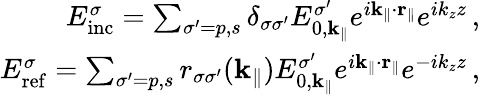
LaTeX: \begin{array}{r}{E_{\mathrm{inc}}^{\sigma}=\sum_{\sigma^{\prime}=p,s}\delta_{\sigma\sigma^{\prime}}E_{0,\mathbf{k}_{\| }}^{\sigma^{\prime}}e^{i\mathbf{k}_{\| }\cdot\mathbf{r}_{\| }}e^{ik_{z}z}\, ,}\\ {E_{\mathrm{ref}}^{\sigma}=\sum_{\sigma^{\prime}=p,s}r_{\sigma\sigma^{\prime}}(\mathbf{k}_{\| })E_{0,\mathbf{k}_{\| }}^{\sigma^{\prime}}e^{i\mathbf{k}_{\| }\cdot\mathbf{r}_{\| }}e^{-ik_{z}z}\, ,}\end{array}